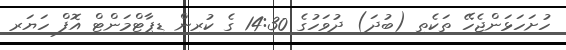
ހުށަހަޅަންޖެހޭ ތަކެތި (ބުދަ) ދުވަހުގެ 14:30 ގެ ކުރިން ޑިޕާޓްމަންޓް އޮފް ހަޔަރ